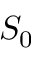
S _ { 0 }